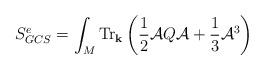
LaTeX: \begin{align*}\displaystyle{S^e_{GCS}= \int_M \mbox{Tr}_{\bf k} \left( \frac{1}{2}{\cal A}Q{\cal A}+\frac{1}{3}{\cal A}^3 \right)}\end{align*}